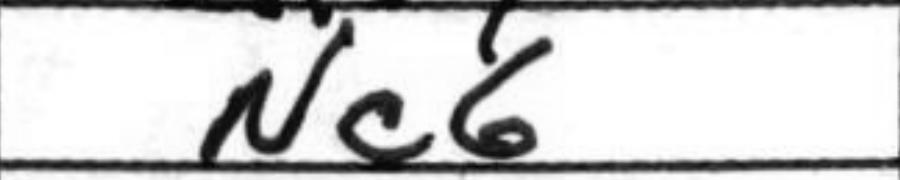
Transcription: Nc6